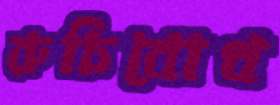
রুচিবোধ